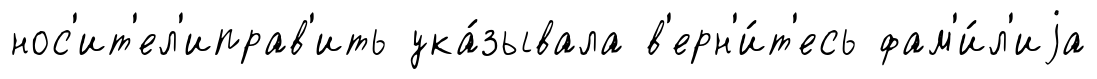
нос'ит'ел'иправ'ить ука́зывала в'ерн'и́т'есь фам'и́л'иjа